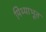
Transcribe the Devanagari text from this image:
मिथ्याभूत